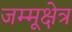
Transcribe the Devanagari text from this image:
जम्मूक्षेत्र